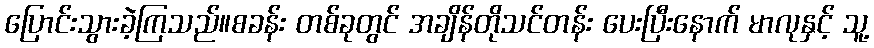
ပြောင်းသွားခဲ့ကြသည်။စခန်း တစ်ခုတွင် အချိန်တိုသင်တန်း ပေးပြီးနောက် မာလုနှင့် သူ့